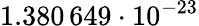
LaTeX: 1.380\, 649\cdot 10^{-23}